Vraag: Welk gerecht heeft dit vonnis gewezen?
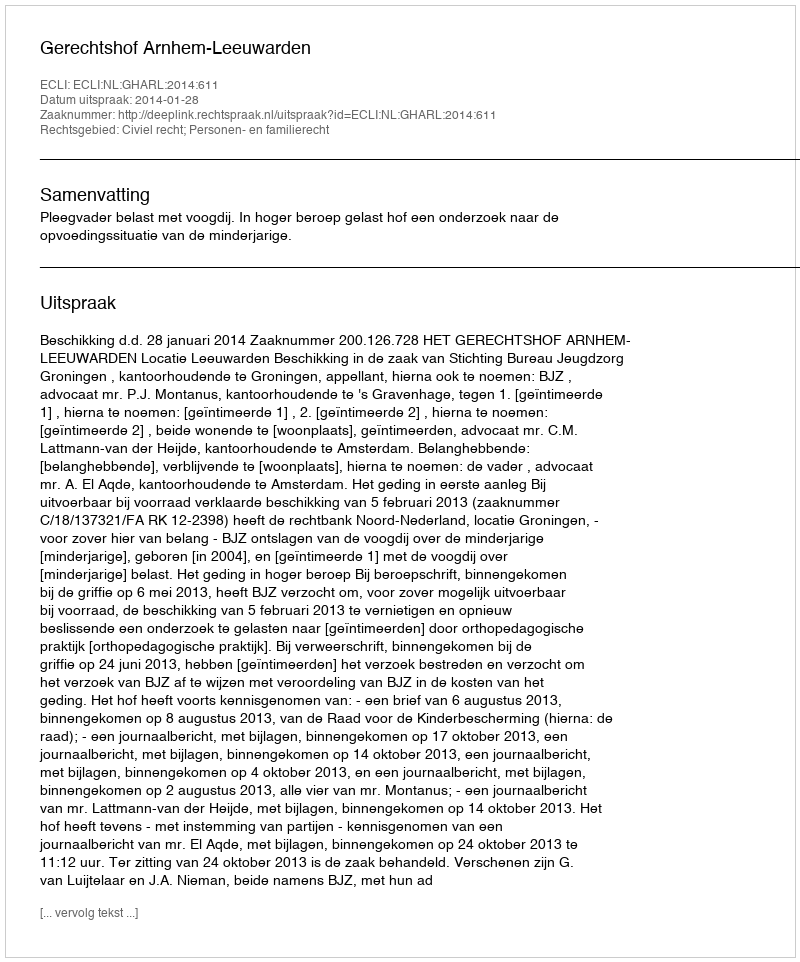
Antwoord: Gerechtshof Arnhem-Leeuwarden